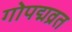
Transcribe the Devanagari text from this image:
गोपद्मव्रत